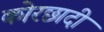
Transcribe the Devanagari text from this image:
कोरछादी